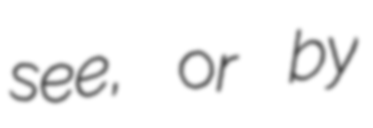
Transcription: see, or by